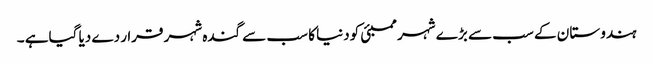
ہندوستا ن کے سب سے بڑ ے شہر ممبئی کودنیا کا سب سے گندہ شہر قرا ر دے دیا گیاہے ۔